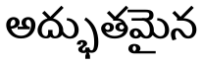
అద్భుతమైన